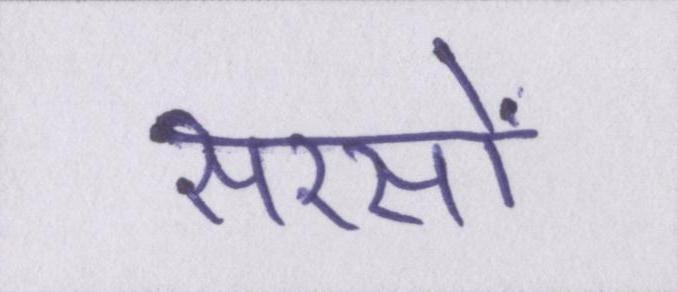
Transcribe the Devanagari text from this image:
सरसों